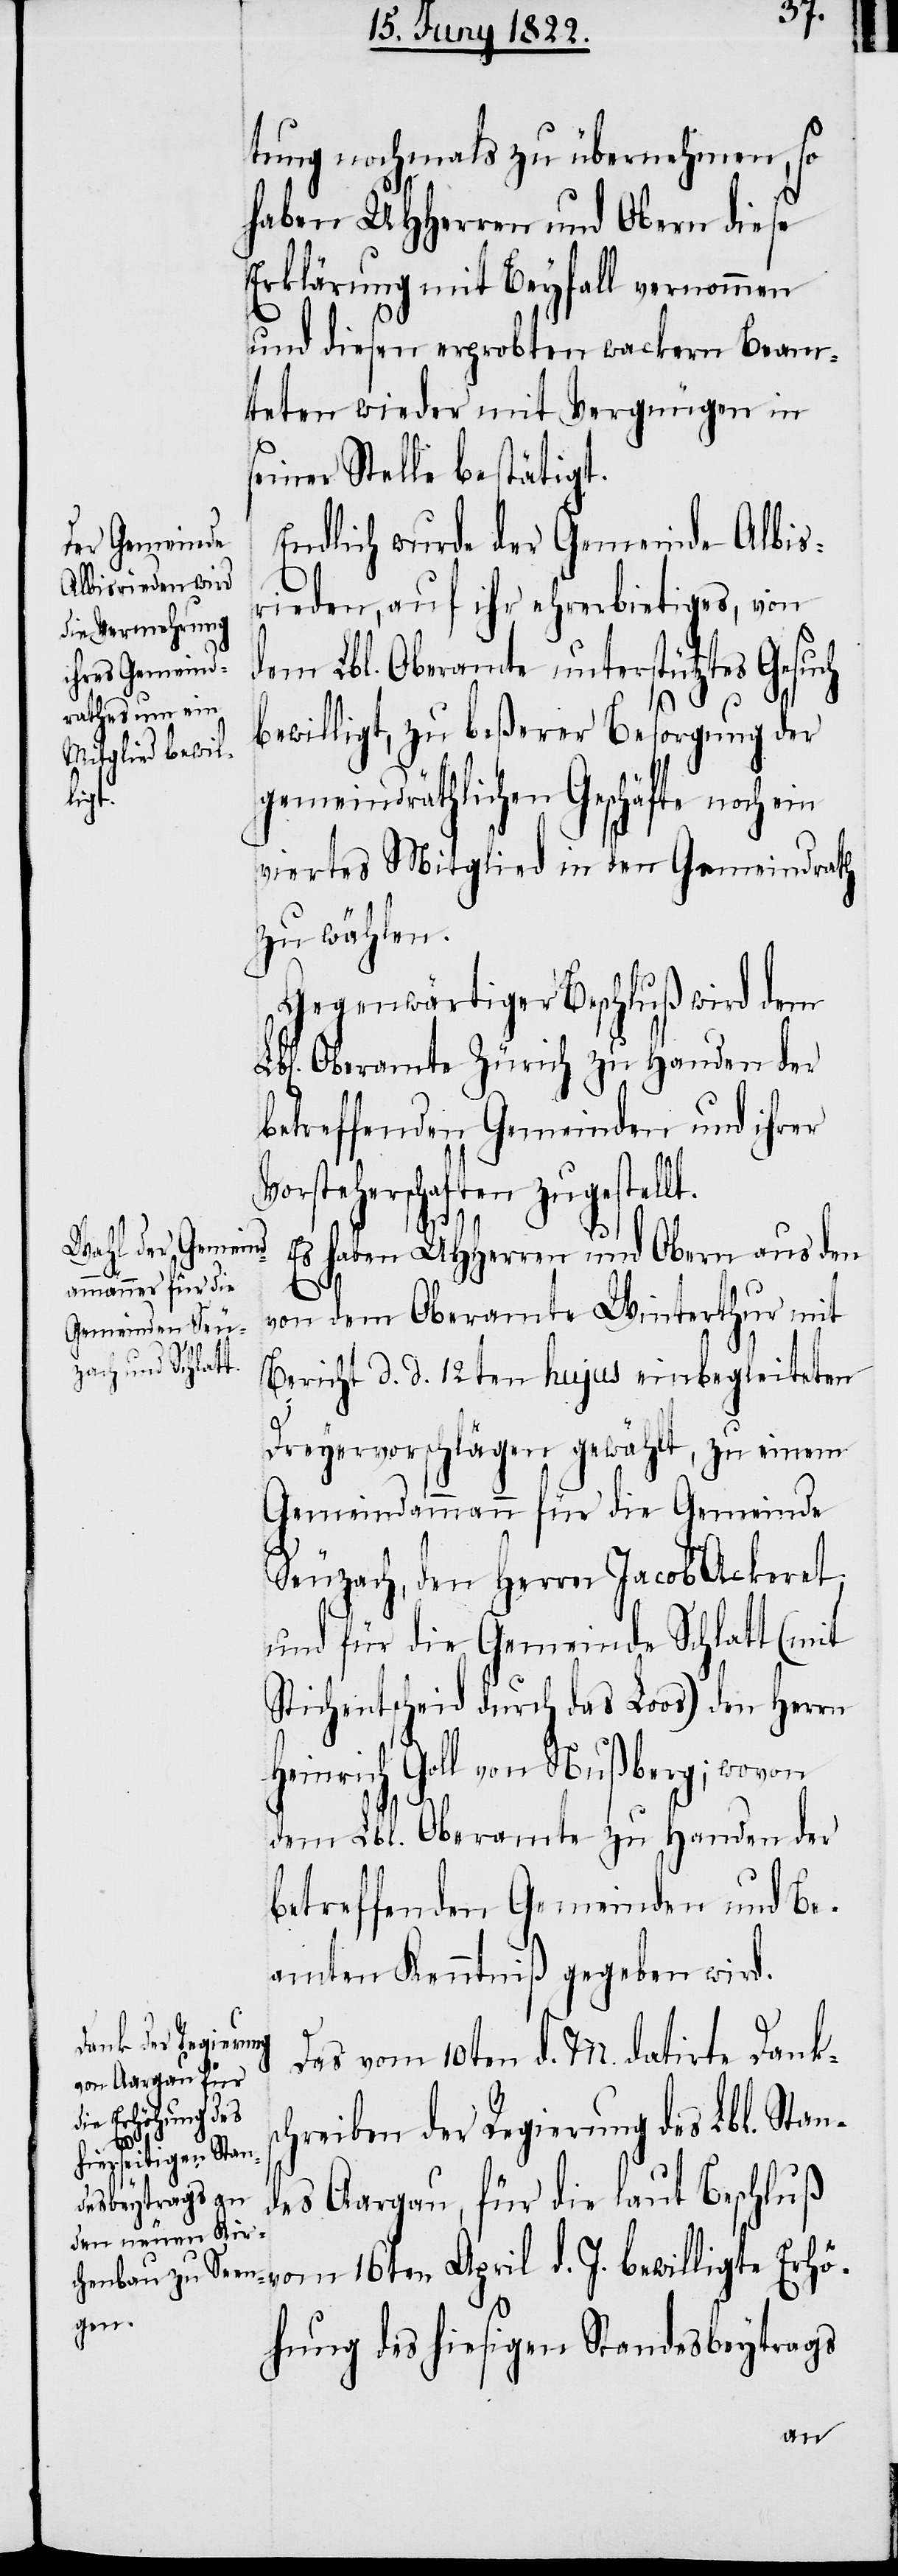
d. J.
tung nochmals zu übernehmen, so
haben UHHerren und Obern diese
Erklärung mit Beyfall vernommen
und diesen erprobten wackern Beam¬
teten wieder mit Vergnügen in
seiner Stelle bestätigt.
Endlich wurde der Gemeinde Albis¬
rieden, auf ihr ehrerbietiges, von
dem Lbl. Oberamte unterstütztes Gesuch
bewilligt, zu beßerer Besorgung der
Erhö¬
gemeindräthlichen Geschäfte noch ein
viertes Mitglied in den Gemeindrath
zu wählen.
Gegenwärtiger Beschluß wird dem
Lbl. Oberamte Zürich zu Handen der
betreffenden Gemeinden und ihrer
Vorsteherschaften zugestellt.
Es haben UHHerren und Obern aus den
von dem Oberamte Winterthur mit
Bericht d. d. 12ten hujus einbegleiteten
Dreyervorschlägen gewählt, zu einem
Gemeindammann für die Gemeinde
Seuzach, den Herrn Jacob Ackeret,
und für die Gemeinde Schlatt (mit
Stichentscheid durch das Loos) den Herrn
Heinrich Goll von Nußberg; wovon
dem Lbl. Oberamte zu Handen der
betreffenden Gemeinden und Be¬
amten Kenntniß gegeben wird.
Das vom 10ten d. M. datirte Danks¬
chreiben der Regierung des Lbl. Stan¬
des Aargau, für die laut Beschluß
hung des hiesigen Standesbeytrags